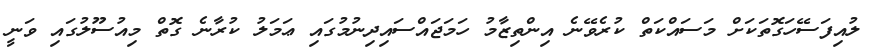
ލުއިފަސޭހަގޮތަކަށް މަސައްކަތް ކުރެވޭނެ އިންތިޒާމު ހަމަޖައްސައިދިނުމުގައި ޢަމަލު ކުރާނެ ގޮތް މިއުސޫލުގައި ވަނީ